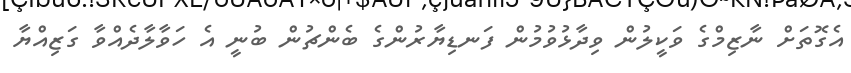
އެގޮތަށް ނާޒިމްގެ ވަކީލުން ވިދާޅުވުމުން ފަނޑިޔާރުންގެ ބެންޗުން ބުނީ އެ ހަވާލާދެއްވާ ގަޒިއްޔާ